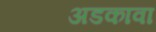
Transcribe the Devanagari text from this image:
अडकावा